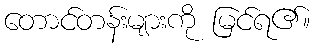
တောင်တန်းများကို မြင်ရ၏။